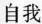
自我